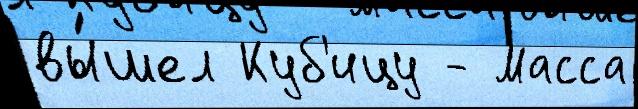
вы́шел Куб'ицу - Масса